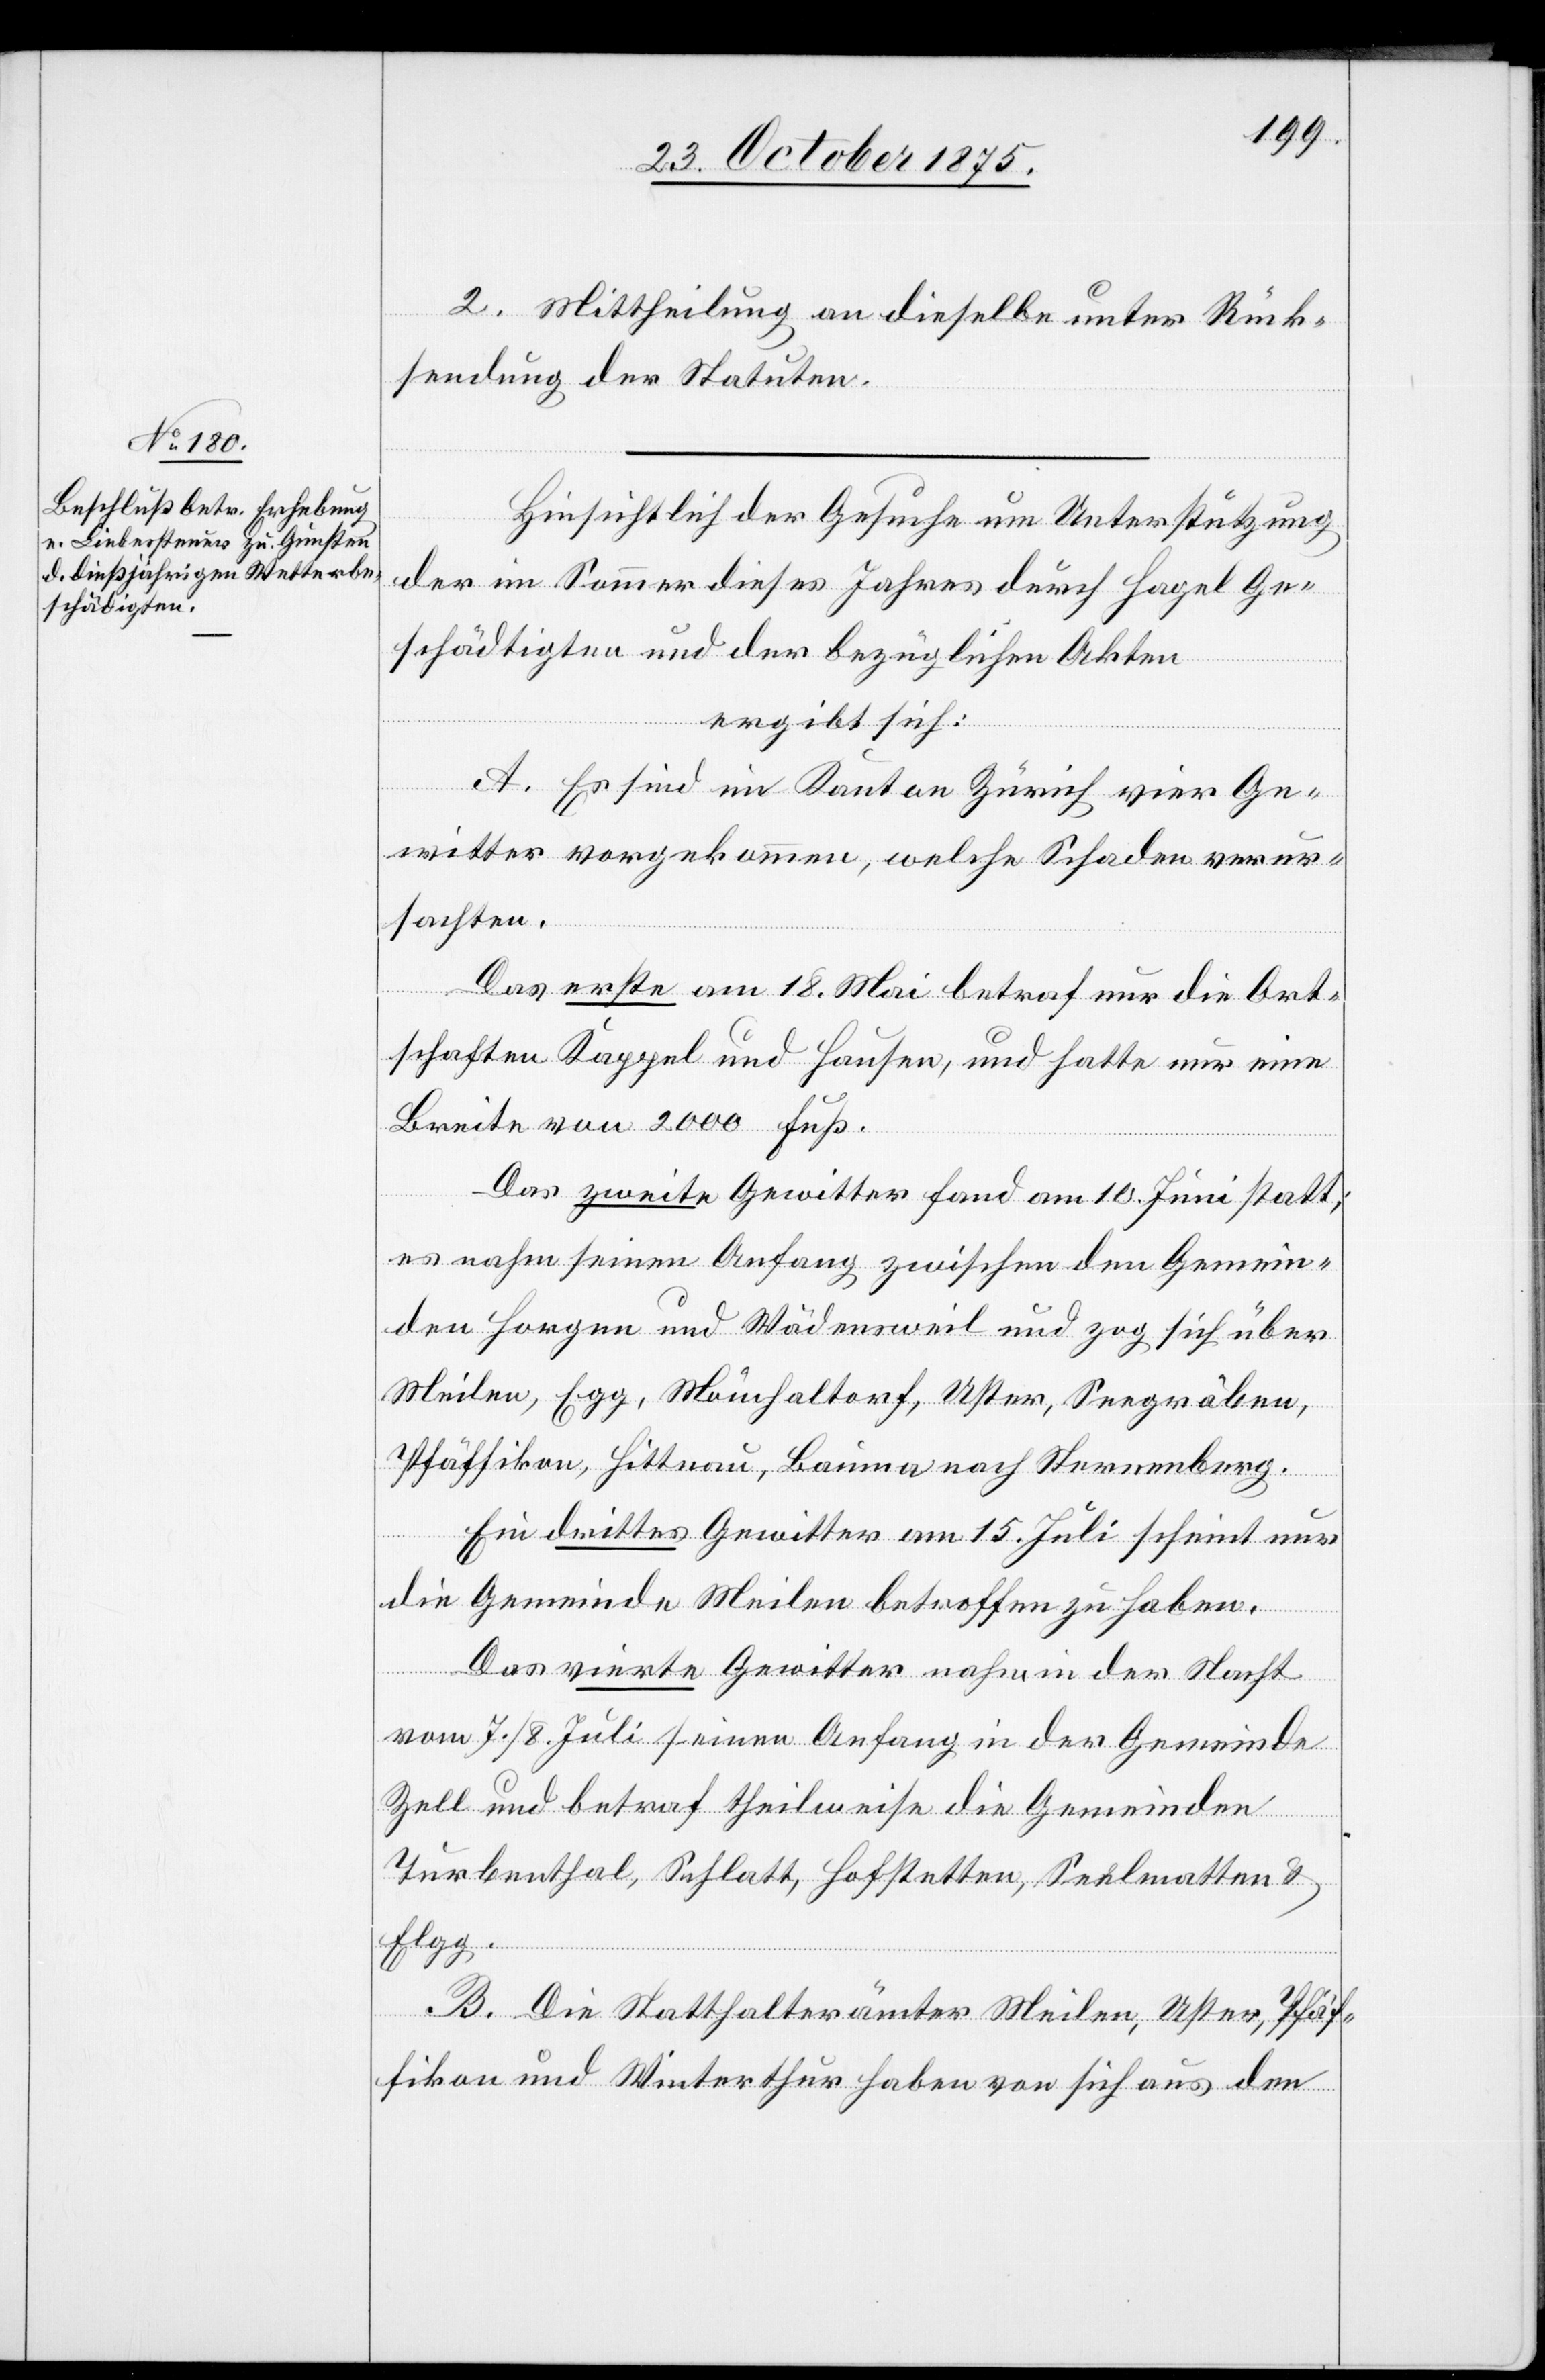
2. Mittheilung an dieselbe unter Rück¬
sendung der Statuten.
Hinsichtlich der Gesuche um Unterstützung
der im Sommer dieses Jahres durch Hagel Ge¬
schädigten und der bezüglichen Akten
ergibt sich:
A. Es sind im Kanton Zürich vier Ge¬
witter vorgekommen, welche Schaden verur¬
sachten.
Das erste am 18. Mai betraf nur die Ort¬
schaften Kappel und Hausen, und hatte nur eine
Breite von 2000 Fuß.
Das zweite Gewitter fand am 10. Juni statt;
es nahm seinen Anfang zwischen den Gemein¬
den Horgen und Wädensweil und zog sich über
Meilen, Egg, Mönchaltorf, Uster, Seegräben,
Pfäffikon, Hittnau, Bauma nach Sternenberg.
Ein drittes Gewitter am 15. Juli scheint nur
die Gemeinde Meilen betroffen zu haben.
Das vierte Gewitter nahm in der Nacht
vom 7./8. Juli seinen Anfang in der Gemeinde
Zell und betraf theilweise die Gemeinden
Turbenthal, Schlatt, Hofstetten, Seelmatten &
Elgg.
B. Die Statthalterämter Meilen, Uster, Pfäf¬
fikon und Winterthur haben von sich aus den